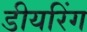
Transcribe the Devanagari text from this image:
डीयरिंग